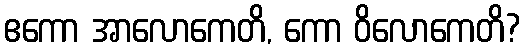
ဧကော အာလောကေတိ, ကော ဝိလောကေတိ?